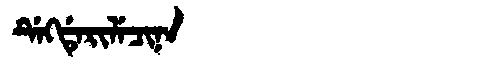
Manchu: ᡩᡝᡴᡩᡝᡵᡳᠯᡝᠴᡳᠨᠠ
Romanization: DEKDERILECINA